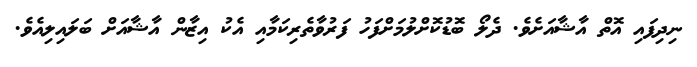
ނިދިފައި އޮތް އާޝާއަށެވެ. ދެލޯ ބޮޑުކޮށްލުމަށްފަހު ފަރުވާތެރިކަމާއި އެކު އިޒާން އާޝާއަށް ބަލައިލިއެވެ.